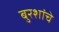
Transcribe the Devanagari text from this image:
बुरशांचे